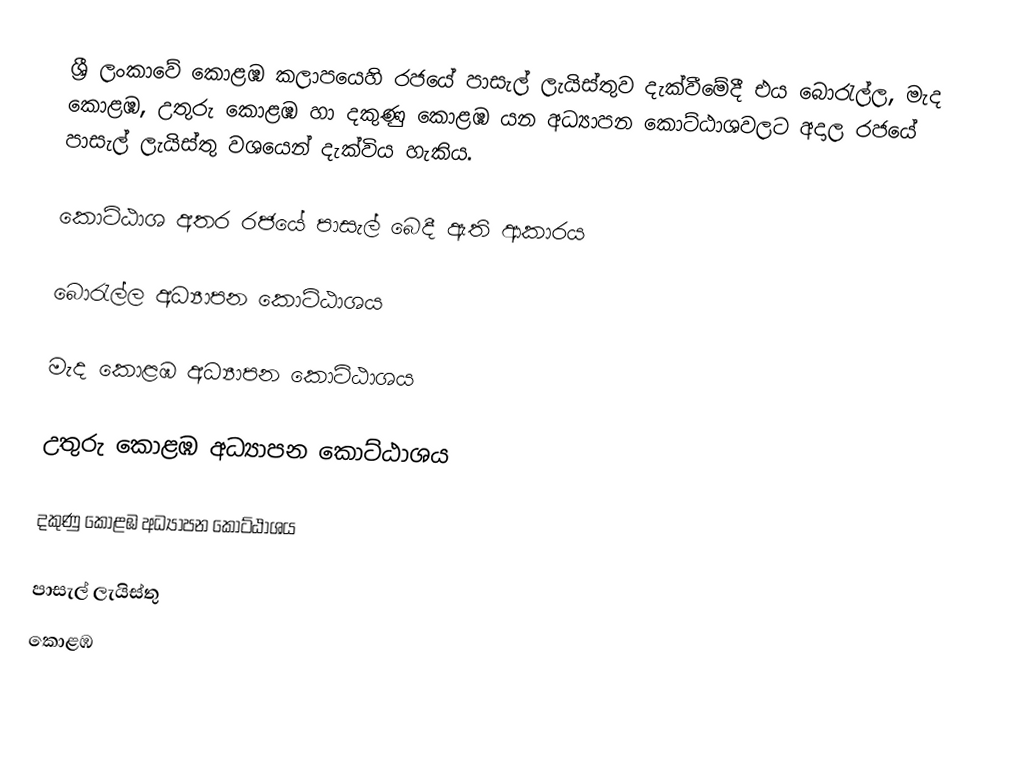
ශ්‍රී ලංකාවේ කොළඹ කලාපයෙහි රජයේ පාසැල් ලැයිස්තුව  දැක්වීමේදී  එය බොරැල්ල, මැද කොළඹ, උතුරු කොළඹ හා දකුණු කොළඹ යන අධ්‍යාපන කොට්ඨාශවලට අදාල රජයේ පාසැල් ලැයිස්තු වශයෙන් දැක්විය හැකිය.

කොට්ඨාශ අතර රජයේ පාසැල් ‍බෙදී ඇති ආකාරය

බොරැල්ල අධ්‍යාපන කොට්ඨාශය

මැද කොළඹ අධ්‍යාපන කොට්ඨාශය

උතුරු කොළඹ අධ්‍යාපන කොට්ඨාශය

දකුණු කොළඹ අධ්‍යාපන කොට්ඨාශය

පාසැල් ලැයිස්තු
කොළඹ